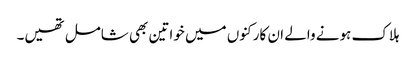
ہلاک ہونے والے ان کارکنوں میں خواتین بھی شامل تھیں۔